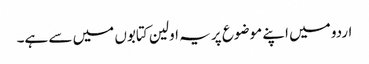
اردو میں اپنے موضوع پر یہ اولین کتابوں میں سے ہے۔